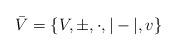
LaTeX: \begin{align*}\bar{V}=\{V,\pm, \cdot,|-|,v\} \end{align*}